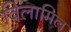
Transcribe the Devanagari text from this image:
विलामिल